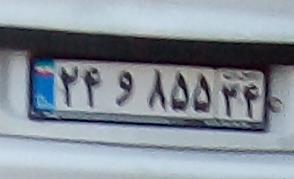
۲۴و۸۵۵۳۴